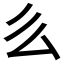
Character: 𠂓